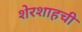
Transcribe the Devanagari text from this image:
शेरशाहची